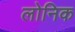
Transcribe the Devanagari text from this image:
लोनिक